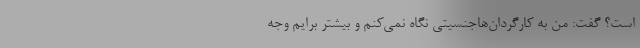
است؟ گفت: من به کارگردان‌هاجنسیتی نگاه نمی‌کنم و بیشتر برایم وجه